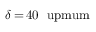
\delta \, { = } \, 4 0 ~ \mathrm { \ u p m u m }